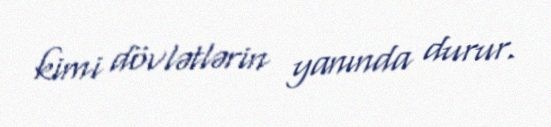
kimi dövlətlərin yanında durur.